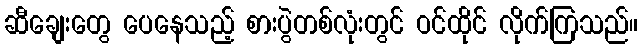
ဆီချေးတွေ ပေနေသည့် စားပွဲတစ်လုံးတွင် ဝင်ထိုင် လိုက်ကြသည်။